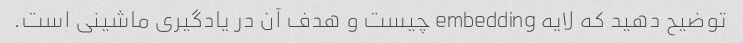
توضیح دهید که لایه embedding چیست و هدف آن در یادگیری ماشینی است.